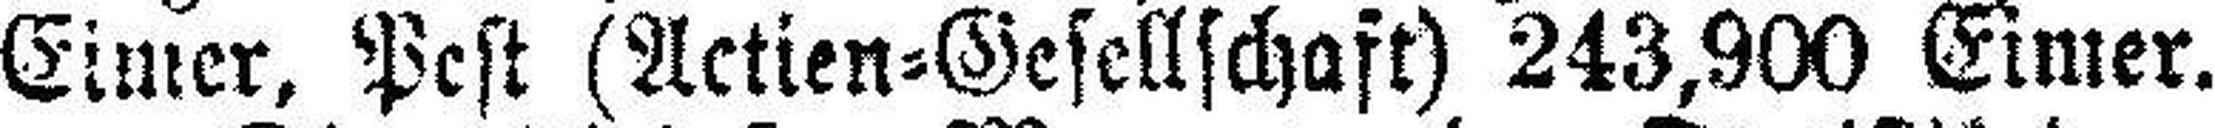
Eimer, Pest (Actien=Gesellschaft) 243,900 Eimer.